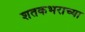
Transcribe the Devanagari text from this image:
शतकभराच्या